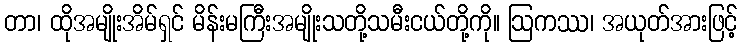
တာ၊ ထိုအမျိုးအိမ်ရှင် မိန်းမကြီးအမျိုးသတို့သမီးငယ်တို့ကို။ ဩကဿ၊ အယုတ်အားဖြင့်